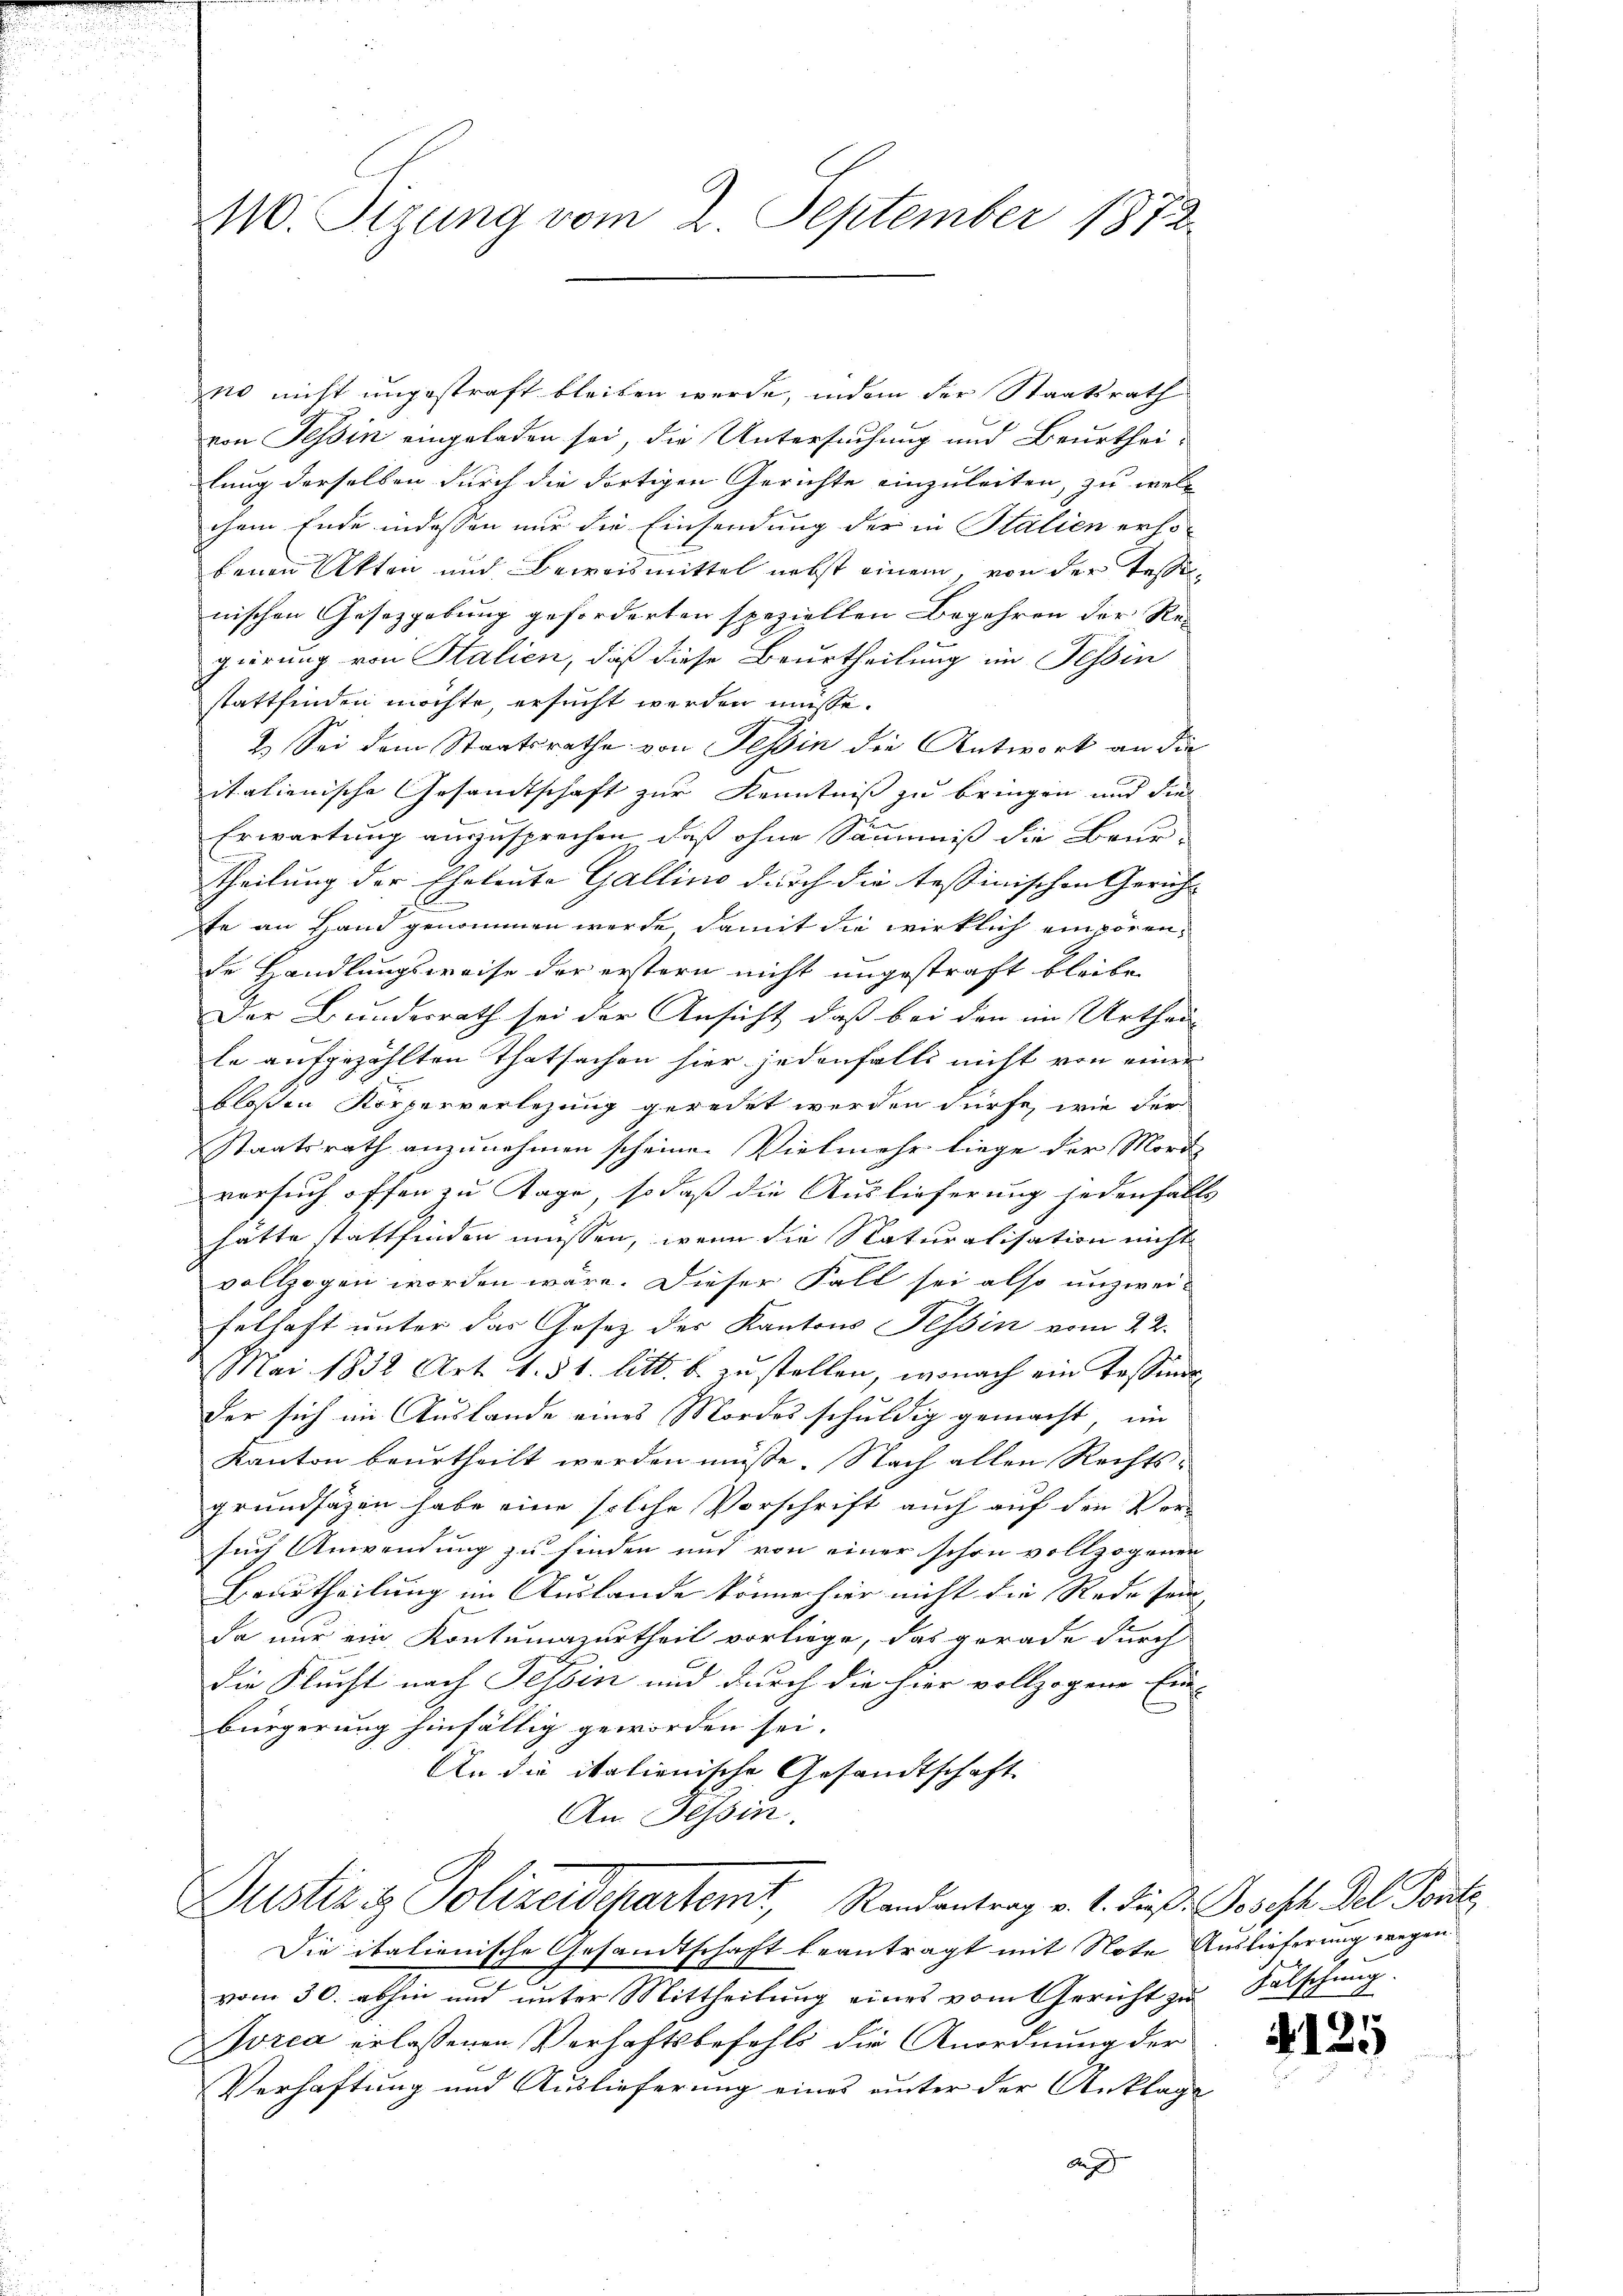
10. Sezung vom 2. September 1872.

o nicht ungestraft bleiben werde, indem der Staatsrath
von Tessin eingeladen sei, die Untersuchung und Beurthei-
lung derselben durch die dortigen Gerichte einzuleiten, zu welc
chem Ende indessen nur die Einsendung der in Italien erho
benen Akten und Beweismittel nebst einem, von der Tassen,
nischen Gesetzgebung geforderten speziellen Begehren der Re-
gierung von Stalien, daß diese Beurtheilung im Tessin
stattfinden möchte, ersucht werden müsse.
2.) Sei dem Staatsrathe von Tessin die Antwort an die
italienische Gesandtschaft zur Kenntniß zu bringen und die
Erwartung auszusprechen, daß ohne Säumnis die Beur-
theilung der Eheleute Gallino durch die tessinischen Gericht
te an Hand genommen werde, damit die wirklich einpörende Handlungsweise der erstern nicht ungestraft bleibe
Der Bundesrath sei der Ansicht, daß bei den im Urtheil
le aufgezählten Thatsachen hier jedenfalls nicht von einer
bloßen Körperverlegung geredet werden dürfe, wie der
Staatsrath anzunehmen scheinen Vielmehr liege der Mord
versuch offen zu Tage, so daß die Auslieferung jedenfalls
hätte stattfinden müssen, wenn die Naturalisation nicht
vollzogen worden wäre. Dieser Fall sei also unzwei-
felhaft unter das Gesetz des Kantons Tessin vom 22.
Mai 1832 Art. 1. 51. litt. b. zu stellen, wonach ein Tessier
der sich im Auslande eines Mordes schuldig gemacht, im
Kanton beurtheilt werden müsse. Nach allen Rechtsgrundsäzen habe eine solche Vorschrift auch auf den Ver-
such Anwendung zu finden und von einer schon vollzogener
Beurtheilung im Auslande könne hier nicht die Rede sein
da nur ein Kontumazurtheil vorliege, das gerade durch
die Flucht nach Tessin und durch die hier vollzogene Ein-
bürgerung hinfällig geworden sei. |
An die italienische Gesandtschaft
An Tessin.
Justiz & Polizeidepartemt, Randantrag v. 1. dieß. Joseph Fol. Ponte
Die italienische Gesandtschaft beantragt mit Note Auslieferung wegen
vom 30. abhin und unter Mittheilung eines vom Gericht zu Falschung.
Zorea erlassenen Verhaftsbefehls die Anordnung der
Verhaftung und Auslieferung eines unter der Anklage
A

I

125